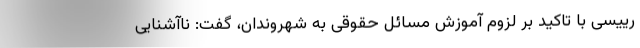
رییسی با تاکید بر لزوم آموزش مسائل حقوقی به شهروندان، گفت: ناآشنایی